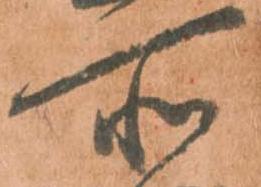
所